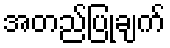
အတည်ပြုချက်